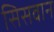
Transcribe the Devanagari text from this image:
सिसवान